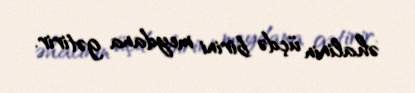
əhalinin üçdə birini meydana gətirir.